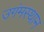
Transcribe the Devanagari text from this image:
उगंमस्थान